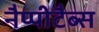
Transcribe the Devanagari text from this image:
नैप्पीटैब्स